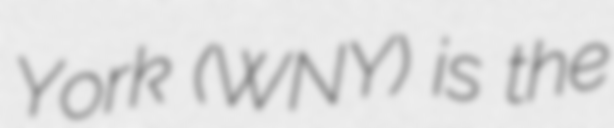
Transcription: York (WNY) is the